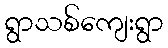
ရွာသစ်ကျေးရွာ